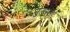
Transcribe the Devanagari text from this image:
उतसाह